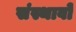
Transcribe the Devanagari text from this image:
संस्थावों